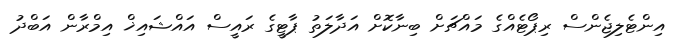
އިންޓެލިޖެންސް ރިޕޯޓެއްގެ މައްޗަށް ބިނާކޮށް އަދާލަތު ޕާޓީގެ ރައީސް އައްޝައިޚް އިމްރާން އަބްދު